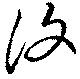
復